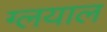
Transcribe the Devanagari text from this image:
ग्लयाल